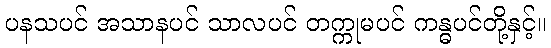
ပနသပင် အသာနပင် သာလပင် တက္ကုမပင် ကန္ဓပင်တို့နှင့်။